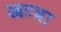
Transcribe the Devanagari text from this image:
खटवा